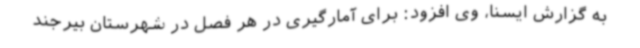
به گزارش ایسنا، وی افزود: برای آمارگیری در هر فصل در شهرستان بیرجند